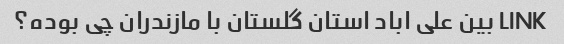
LINK بین علی اباد استان گلستان با مازندران چی بوده؟